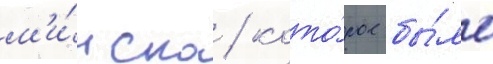
м'и́нска / кото́рое бы́ло